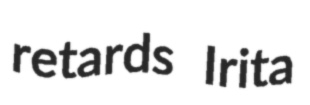
retards Irita